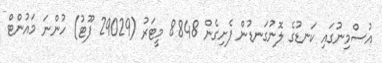
އުސްމިނުގައި ކަނޑުގެ ލޮނުގަނޑުން ފެށިގެން 8848 މީޓަރު (29029 ފޫޓު) ހުންނަ މައުންޓް